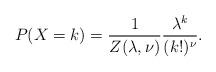
LaTeX: \begin{align*} P(X=k) = \frac{1}{Z(\lambda,\nu)}\frac{\lambda^k}{(k!)^\nu}.\end{align*}